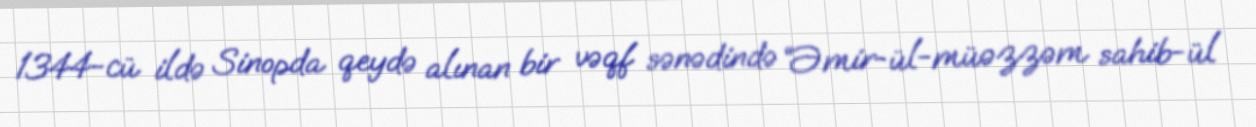
1344-cü ildə Sinopda qeydə alınan bir vəqf sənədində “Əmir-ül-müəzzəm sahib-ül